Leaving Certificate Examination, 1915
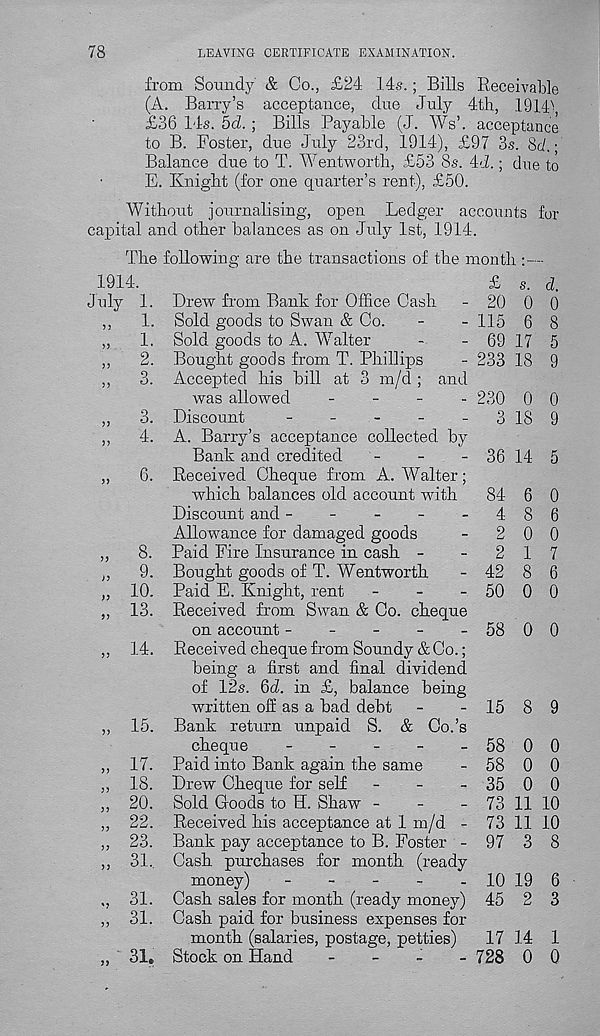
78
LEAVING CERTIFICATE EXAMINATION.
from Soundy & Co., £24 14s. ; Bills Receivable
(A. Barry’s acceptance, due July 4th, 1914's
£36 14s. 5d. ; Bills Payable (J. Ws’. acceptance
to B. Foster, due July 23rd, 1914), £97 3s. 8c/.;
Balance due to T. WentwoSh, £53 8s. 4d.; due to
E. Knight (for one quarter’s rent), £50.
Without journalising, open Ledger accounts for
capital and other balances as on July 1st, 1914.
The following are the transactions of the month :—
1914,
July 1.
„
I-
„
I-
„
2.
n
jj
j j
3.
3.
4.
6.
8.
9.
10.
13.
14.
15.
17.
18.
20.
22.
23.
31.
31.
31.
31.
and
by
Drew from Bank for Office Cash
Sold goods to Swan & Co.
Sold goods to A. Walter
Bought goods from T. Phillips
Accepted his bill at 3 m/d ;
was allowed
-
-
-
Discount
_
_
_
_
A. Barry’s acceptance collected
Bank and credited
-
-
-
Received Cheque from A. Walter;
which balances old account with
Discount and -
-
-
-
.
Allowance for damaged goods
Paid Fire Insurance in cash -
Bought goods of T. Wentworth
Paid E. Knight, rent
-
-
-
Received from Swan & Co. cheque
on account -
-
-
Received cheque from Soundy & Co.;
being a first and final dividend
of 12s. 6d. in £, balance being
written off as a bad debt
Bank return unpaid S. & Co.’s
cheque
-
-
-
-
-
Paid into Bank again the same
Drew Cheque for self
_
_
_
Sold Goods to H. Shaw -
-
-
Received his acceptance at 1 m/d -
Bank pay acceptance to B. Foster -
Cash purchases for month (ready
money)
-
-
-
-
-
Cash sales for month (ready money)
Cash paid for business expenses for
month (salaries, postage, petties)
Stock on Hand
-
_
_
_
£
20
115
69
233
230
3
s.
0
6
17
18
0
IS
84
4
2
2
42
50
58
58
35
73
73
97
10
45
17
728
d.
0
8
5
9
0
9
36 14 5
0
1
8
0
0
6
0
7
6
0
- 58 0 0
15 8 9
0
0
0
11
11
3
19
2
14
0
0
0
0
10
10
8
6
3
1
0